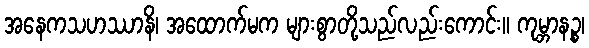
အနေကသဟဿာနိ၊ အထောက်မက များစွာတို့သည်လည်းကောင်း။ ကုမ္ဘာနဉ္စ၊